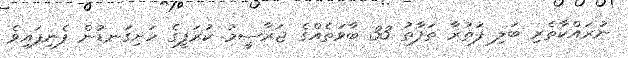
ނުރައްކާތެރި ބަލި ފަތުރާ ތަފާތު 33 ބާވަތެއްގެ ޖަރާސީމު ކުރަފީގެ ހަށިގަނޑުން ފެނިފައިވެ